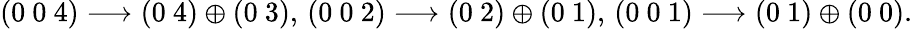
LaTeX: (0~0~4)\longrightarrow(0~4)\oplus(0~3),\, (0~0~2)\longrightarrow(0~2)\oplus(0~1),\, (0~0~1)\longrightarrow(0~1)\oplus(0~0).